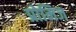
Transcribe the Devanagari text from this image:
प्रोमिज